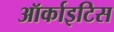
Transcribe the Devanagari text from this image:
ऑर्काइटिस